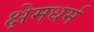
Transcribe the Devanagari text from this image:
क्षेमधर्म